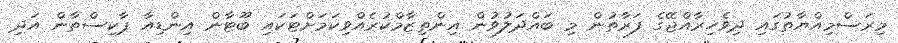
މިރަސްމިއްޔާތުގައި ދިވެހިރާއްޖޭގެ ފަރާތުން މި ބައްދަލުވުން އިންތިޒާމްކުރެއްވިކަމަށްޓަކައި ބޫޓާން އިންޑިއާ ޕާކިސްތާން އަދި